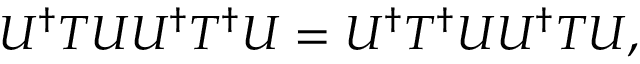
U ^ { \dagger } T U U ^ { \dagger } T ^ { \dagger } U = U ^ { \dagger } T ^ { \dagger } U U ^ { \dagger } T U ,